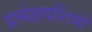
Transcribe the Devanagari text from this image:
प्रत्येक्षदर्शियों